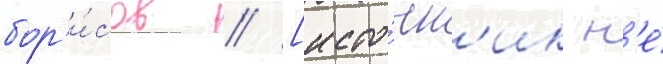
бор'и́сов // [исто́чн'ик н'е́